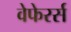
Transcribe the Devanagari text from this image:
वेफेरर्स